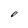
Character: O